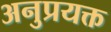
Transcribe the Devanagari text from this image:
अनुप्रयक्त